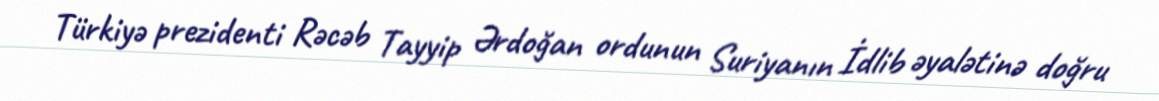
Türkiyə prezidenti Rəcəb Tayyip Ərdoğan ordunun Suriyanın İdlib əyalətinə doğru